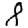
Digit: 8